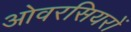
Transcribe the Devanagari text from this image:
ओवरसियरों